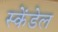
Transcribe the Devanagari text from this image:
स्केंडेल